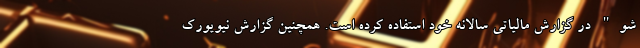
شو" در گزارش مالیاتی سالانه خود استفاده کرده است. همچنین گزارش نیویورک